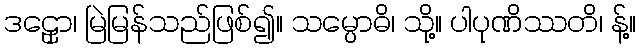
ဒဠှော၊ မြဲမြန်သည်ဖြစ်၍။ သမ္ပောဓိ၊ သို့။ ပါပုဏိဿတိ၊ န့်။